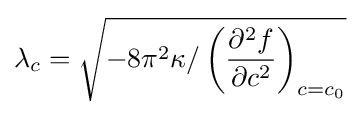
\lambda _{c}={\sqrt {-8\pi ^{2}\kappa /\left({\frac {\partial ^{2}f}{\partial c^{2}}}\right)_{c=c_{0}}}}